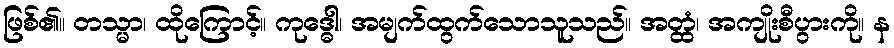
ဖြစ်၏။ တသ္မာ၊ ထိုကြောင့်။ ကုဒ္ဓေါ၊ အမျက်ထွက်သောသူသည်။ အတ္ထံ၊ အကျိုးစီပွားကို။ န